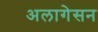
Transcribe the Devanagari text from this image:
अलागेसन